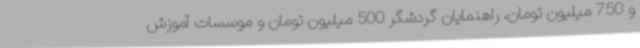
و 750 میلیون تومان، راهنمایان گردشگر 500 میلیون تومان و موسسات آموزش